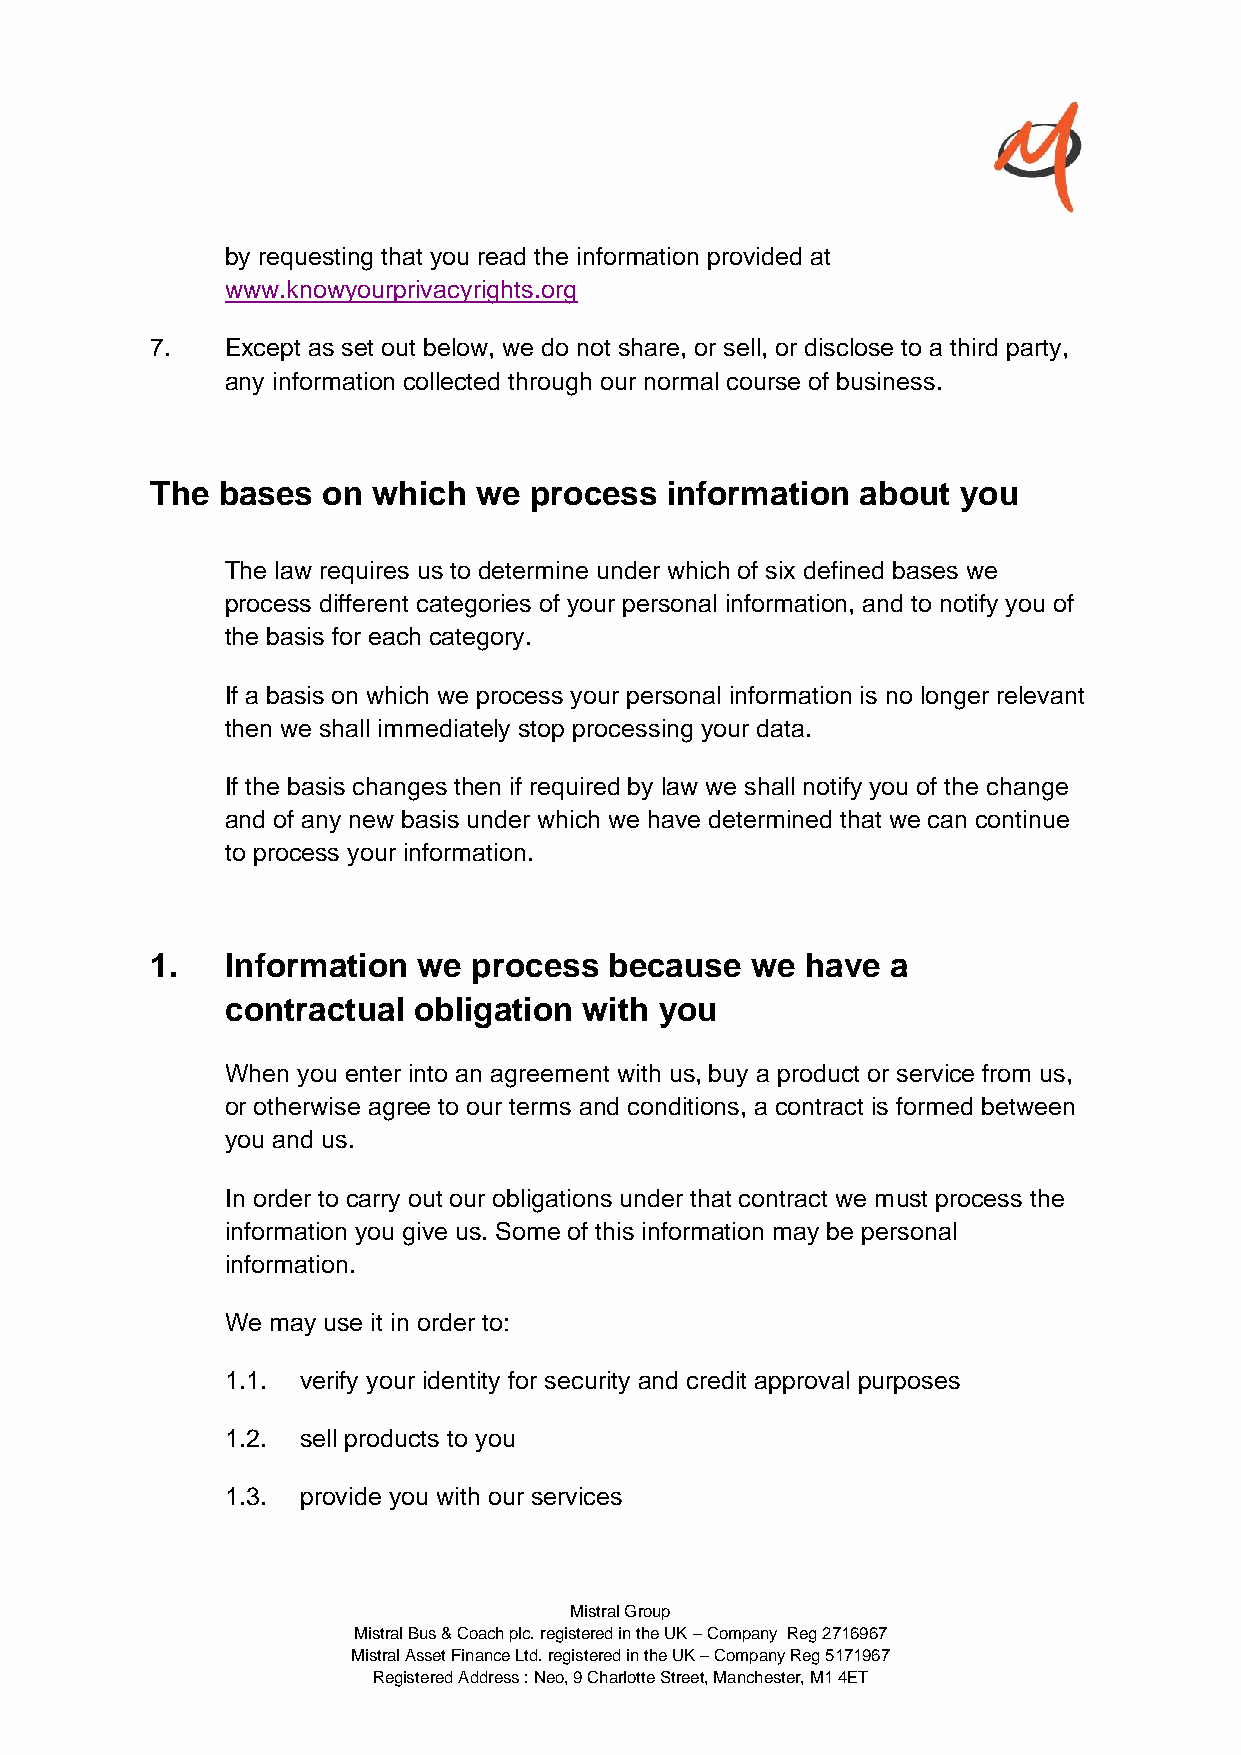
by requesting that you read the information provided at
 www.knowyourprivacyrights.org
 7.   Except as set out below, we do not share, or sell, or disclose to a third party,
 any information collected through our normal course of business.
 The bases  on  which  we process  information  about you
 The law requires us to determine under which of six defined bases we
 process different categories of your personal information, and to notify you of
 the basis for each category.
 If a basis on which we process your personal information is no longer relevant
 then we shall immediately stop processing your data.
 If the basis changes then if required by law we shall notify you of the change
 and of any new basis under which we have determined that we can continue
 to process your information.
 1.   Information  we process  because   we have  a
 contractual obligation  with you
 When you enter into an agreement with us, buy a product or service from us,
 or otherwise agree to our terms and conditions, a contract is formed between
 you and us.
 In order to carry out our obligations under that contract we must process the
 information you give us. Some of this information may be personal
 information.
 We may use it in order to:
 1.1. verify your identity for security and credit approval purposes
 1.2. sell products to you
 1.3. provide you with our services
 Mistral Group
 Mistral Bus & Coach plc. registered in the UK – Company Reg 2716967
 Mistral Asset Finance Ltd. registered in the UK – Company Reg 5171967
 Registered Address : Neo, 9 Charlotte Street, Manchester, M1 4ET